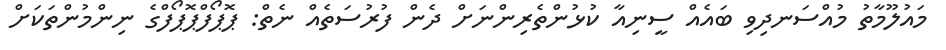
މައުލޫމާތު މުއްސަނދިވި ބައެއް ސީނިއާ ކުޅުންތެރިންނަށް ދެން ފުރުސަތެއް ނެތް: ޕޮޕޯފްޕޮޕޯފްގެ ނިންމުންތަކަށް